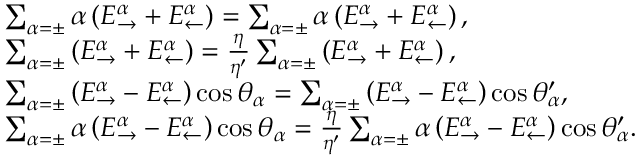
\begin{array} { r l } & { \sum _ { \alpha = \pm } \alpha \left( E _ { \rightarrow } ^ { \alpha } + E _ { \leftarrow } ^ { \alpha } \right) = \sum _ { \alpha = \pm } \alpha \left( E _ { \rightarrow } ^ { \alpha } + E _ { \leftarrow } ^ { \alpha } \right) , } \\ & { \sum _ { \alpha = \pm } \left( E _ { \rightarrow } ^ { \alpha } + E _ { \leftarrow } ^ { \alpha } \right) = \frac { \eta } { \eta ^ { \prime } } \sum _ { \alpha = \pm } \left( E _ { \rightarrow } ^ { \alpha } + E _ { \leftarrow } ^ { \alpha } \right) , } \\ & { \sum _ { \alpha = \pm } \left( E _ { \rightarrow } ^ { \alpha } - E _ { \leftarrow } ^ { \alpha } \right) \cos \theta _ { \alpha } = \sum _ { \alpha = \pm } \left( E _ { \rightarrow } ^ { \alpha } - E _ { \leftarrow } ^ { \alpha } \right) \cos \theta _ { \alpha } ^ { \prime } , } \\ & { \sum _ { \alpha = \pm } \alpha \left( E _ { \rightarrow } ^ { \alpha } - E _ { \leftarrow } ^ { \alpha } \right) \cos \theta _ { \alpha } = \frac { \eta } { \eta ^ { \prime } } \sum _ { \alpha = \pm } \alpha \left( E _ { \rightarrow } ^ { \alpha } - E _ { \leftarrow } ^ { \alpha } \right) \cos \theta _ { \alpha } ^ { \prime } . } \end{array}